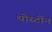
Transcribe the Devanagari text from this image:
थोर्स्टीन